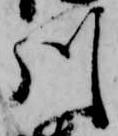
川